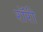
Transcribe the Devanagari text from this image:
रॉरी